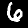
Digit: 6